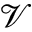
\mathscr { V }